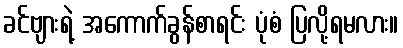
ခင်ဗျားရဲ့ အကောက်ခွန်စာရင်း ပုံစံ ပြလို့ရမလား။